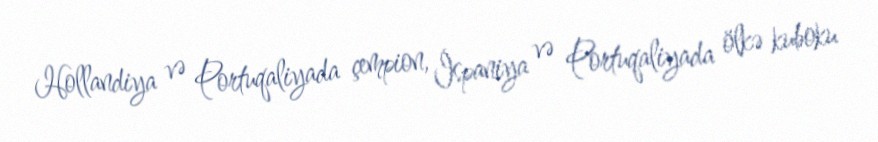
Hollandiya və Portuqaliyada çempion, İspaniya və Portuqaliyada ölkə kuboku